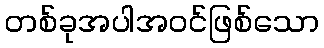
တစ်ခုအပါအဝင်ဖြစ်သော